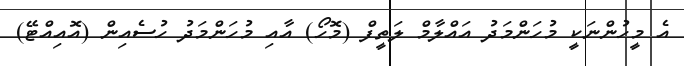
އެ މީހުންނަކީ މުހަންމަދު އައްލާމް ލަތީފް (މޮހޯ) އާއި މުހަންމަދު ހުސެއިން (އޮއިއްޓޭ)